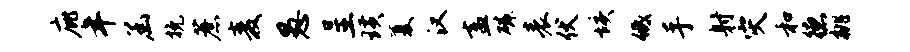
庇年函挽蔗麦愚呈璜厦汉盍磷表伏垓低手射灾和德桃